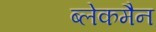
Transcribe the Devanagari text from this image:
ब्लेकमैन